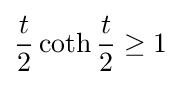
{\frac {t}{2}}\operatorname {coth} {\frac {t}{2}}\geq 1